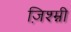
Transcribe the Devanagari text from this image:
ज़िश्म्नी